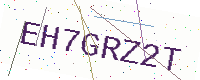
Text: EH7GRZ2T